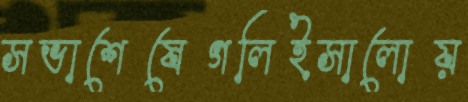
সভাশেষেগলিইসালোয়